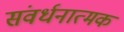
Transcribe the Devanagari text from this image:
संवर्धनात्‍मक